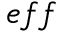
e f f